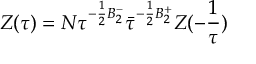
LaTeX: { \cal { Z } } ( \tau { } ) = { \cal N } \tau ^ { - \frac { 1 } { 2 } B _ { 2 } ^ { - } } \bar { \tau } ^ { - \frac { 1 } { 2 } B _ { 2 } ^ { + } } { \cal { Z } } ( - \frac { 1 } { \tau } )